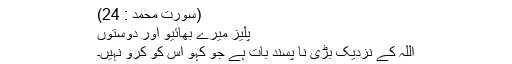
(سورت محمد : 24)
پلیز میرے بھائیو اور دوستوں
اللہ کے نزدیک بڑی نا پسند بات ہے جو کہو اس کو کرو نہیں۔